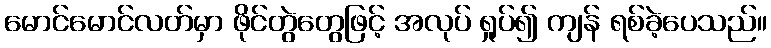
မောင်မောင်လတ်မှာ ဖိုင်တွဲတွေဖြင့် အလုပ် ရှုပ်၍ ကျန် ရစ်ခဲ့ပေသည်။